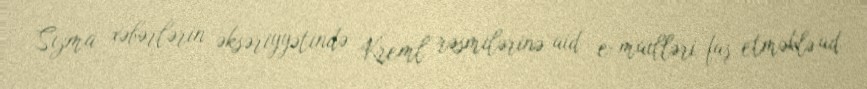
Sızma xəbərlərin əksəriyyətində Kreml rəsmilərinə aid e-mailləri faş etməklə ad